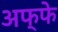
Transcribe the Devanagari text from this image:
अफ्फे